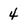
Character: 4